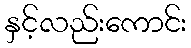
နှင့်လည်းကောင်း